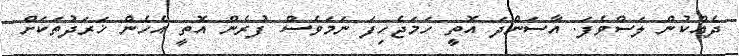
ދެއްކުން ލަސްވެފަ. އާސަންދަ އޮތީ ހަމަޖެހިފަ ނަމަވެސް ފުރެން އޮތީ އެހެން ޚަރަދުތަކަށް